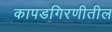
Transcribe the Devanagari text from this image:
कापडगिरणीतील